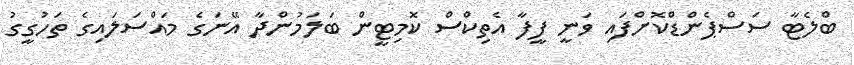
ބްލެޓާ ސަސްޕެންޑްކޮށްފައި ވަނީ ފީފާ އެތިކްސް ކޮމިޓީން ބަލަމުންދާ އޭނަގެ މައްސަލައިގެ ތަހުގީގު